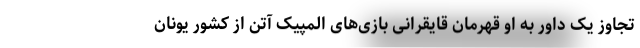
تجاوز یک داور به او قهرمان قایقرانی بازی‌های المپیک آتن از کشور یونان